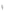
و